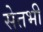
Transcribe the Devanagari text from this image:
सेतभी